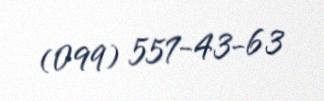
(099) 557-43-63